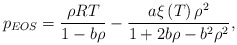
\begin{align*}{p_{EOS}} = \frac{{\rho RT}}{{1 - b\rho }} - \frac{{a\xi \left( T \right){\rho ^2}}}{{1 + 2b\rho - {b^2}{\rho ^2}}},\end{align*}